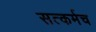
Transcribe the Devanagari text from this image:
सत्कर्मच